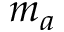
m _ { a }